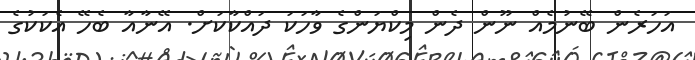
އަހަރެން ބޭނުމެއް ނޫން ދެން މިކްޔަންގެ ވާހަކަ ދައްކާކަށް. އޭނާއާ ބެހޭ އެކަކުގެ